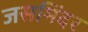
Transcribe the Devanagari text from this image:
जसमिंदर